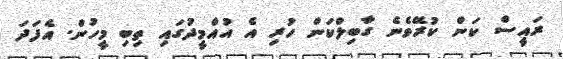
ރައީސް ކަން ކުރޭވެނެ ގާބިލްކަން ހުރި އެ އުއްމީދުގައި ތިބި މީހުން. އެފަދަ